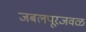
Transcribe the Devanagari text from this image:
जबलपूरजवळ